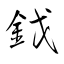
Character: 鈛